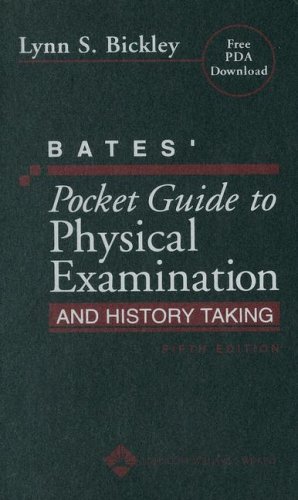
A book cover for Bates' Pocket Guide to Physical Examination and History Taking (Professional Guide Series); Lynn S. Bickley MD; Medical Books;